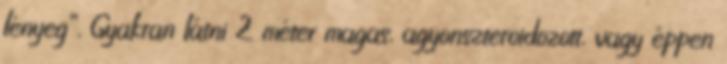
lényeg”. Gyakran látni 2 méter magas, agyonszteroidozott, vagy éppen